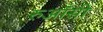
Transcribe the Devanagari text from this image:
रुआँसी